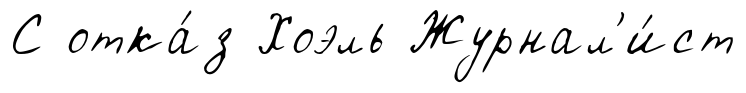
С отка́з Хоэль Журнал'и́ст